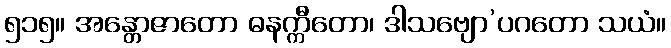
၅၁၅။ အန္တောဇာတော ဓနက္ကီတော၊ ဒါသဗျော’ပဂတော သယံ။